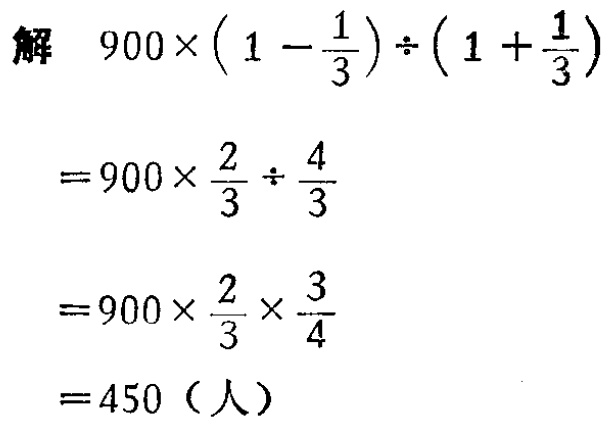
\[

\begin{align*}

&解\quad900\times\left(1 - \frac{1}{3}\right)\div\left(1 + \frac{1}{3}\right)\\

&= 900\times\frac{2}{3}\div\frac{4}{3}\\

&= 900\times\frac{2}{3}\times\frac{3}{4}\\

&= 450\ (人)

\end{align*}

\]